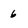
Character: 6